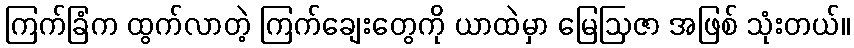
ကြက်ခြံက ထွက်လာတဲ့ ကြက်ချေးတွေကို ယာထဲမှာ မြေဩဇာ အဖြစ် သုံးတယ်။